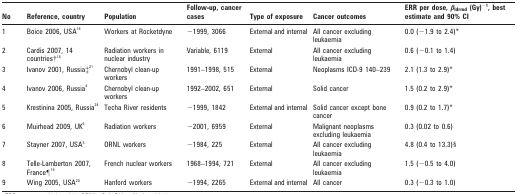
<table><thead><tr><td><b>No</b></td><td><b>Reference, country</b></td><td><b>Population</b></td><td><b>Follow-up, cancer cases</b></td><td><b>Type of exposure</b></td><td><b>Cancer outcomes</b></td><td><b>ERR per dose, <i>β</i><sub>ldrmd</sub> (Gy)<sup>−1</sup>, best estimate and 90% CI</b></td></tr></thead><tbody><tr><td>1</td><td>Boice 2006, USA18</td><td>Workers at Rocketdyne</td><td>−1999, 3066</td><td>External and internal</td><td>All cancer excluding leukaemia</td><td>0.0 (−1.9 to 2.4)*</td></tr><tr><td>2</td><td>Cardis 2007, 14 countries†16</td><td>Radiation workers in nuclear industry</td><td>Variable, 6119</td><td>External</td><td>All cancer excluding leukaemia</td><td>0.6 (−0.1 to 1.4)</td></tr><tr><td>3</td><td>Ivanov 2001, Russia‡21</td><td>Chernobyl clean-up workers</td><td>1991–1998, 515</td><td>External</td><td>Neoplasms ICD-9 140–239</td><td>2.1 (1.3 to 2.9)*</td></tr><tr><td>4</td><td>Ivanov 2006, Russia4</td><td>Chernobyl clean-up workers</td><td>1992–2002, 651</td><td>External</td><td>Solid cancer</td><td>1.5 (0.2 to 2.9)*</td></tr><tr><td>5</td><td>Krestinina 2005, Russia24</td><td>Techa River residents</td><td>−1999, 1842</td><td>External and internal</td><td>Solid cancer except bone cancer</td><td>0.9 (0.2 to 1.7)*</td></tr><tr><td>6</td><td>Muirhead 2009, UK6</td><td>Radiation workers</td><td>−2001, 6959</td><td>External</td><td>Malignant neoplasms excluding leukaemia</td><td>0.3 (0.02 to 0.6)</td></tr><tr><td>7</td><td>Stayner 2007, USA5</td><td>ORNL workers</td><td>−1984, 225</td><td>External</td><td>All cancer excluding leukaemia</td><td>4.8 (0.4 to 13.3)§</td></tr><tr><td>8</td><td>Telle-Lamberton 2007, France¶19</td><td>French nuclear workers</td><td>1968–1994, 721</td><td>External</td><td>All cancer excluding leukaemia</td><td>1.5 (−0.5 to 4.0)</td></tr><tr><td>9</td><td>Wing 2005, USA20</td><td>Hanford workers</td><td>−1994, 2265</td><td>External and internal</td><td>All cancer</td><td>0.3 (−0.3 to 1.0)</td></tr></tbody></table>